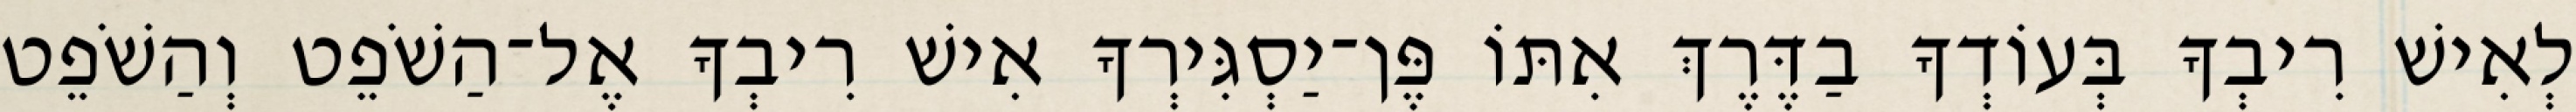
לְאִישׁ רִיבְךָ בְּעוֹדְךָ בַדֶּרֶךְ אִתּוֹ פֶּן־יַסְגִּירְךָ אִישׁ רִיבְךָ אֶל־הַשֹׁפֵט וְהַשֹׁפֵט